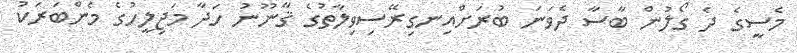
މެސީގެ ދެ ގޯލުން ބާސާ ދެވަނަ ބުރަށްއިނގިރޭސިވިލާތުގެ ޤާނޫނު ހަދާ މަޖިލީހުގެ މެންބަރަކު